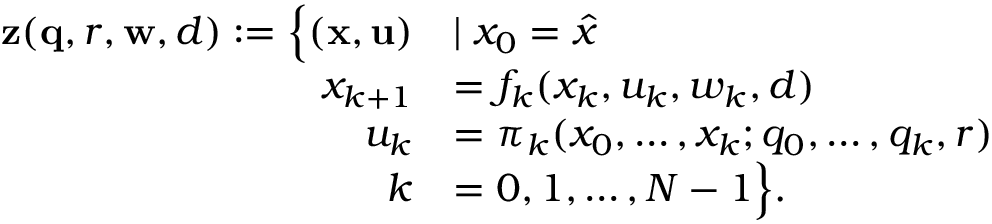
\begin{array} { r l } { \mathbf { z } ( \mathbf { q } , r , \mathbf { w } , d ) : = \Big \lbrace ( \mathbf { x } , \mathbf { u } ) } & { \mid x _ { 0 } = \hat { x } } \\ { x _ { k + 1 } } & { = f _ { k } ( x _ { k } , u _ { k } , w _ { k } , d ) } \\ { u _ { k } } & { = \pi _ { k } ( x _ { 0 } , \ldots , x _ { k } ; q _ { 0 } , \ldots , q _ { k } , r ) } \\ { k } & { = 0 , 1 , \ldots , N - 1 \Big \rbrace . } \end{array}